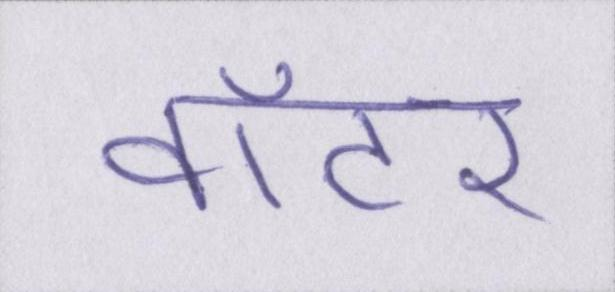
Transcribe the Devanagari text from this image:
वॉटर